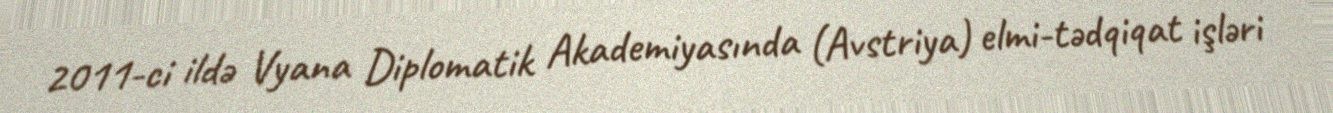
2011-ci ildə Vyana Diplomatik Akademiyasında (Avstriya) elmi-tədqiqat işləri